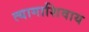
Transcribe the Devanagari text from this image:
त्यागाशिवाय